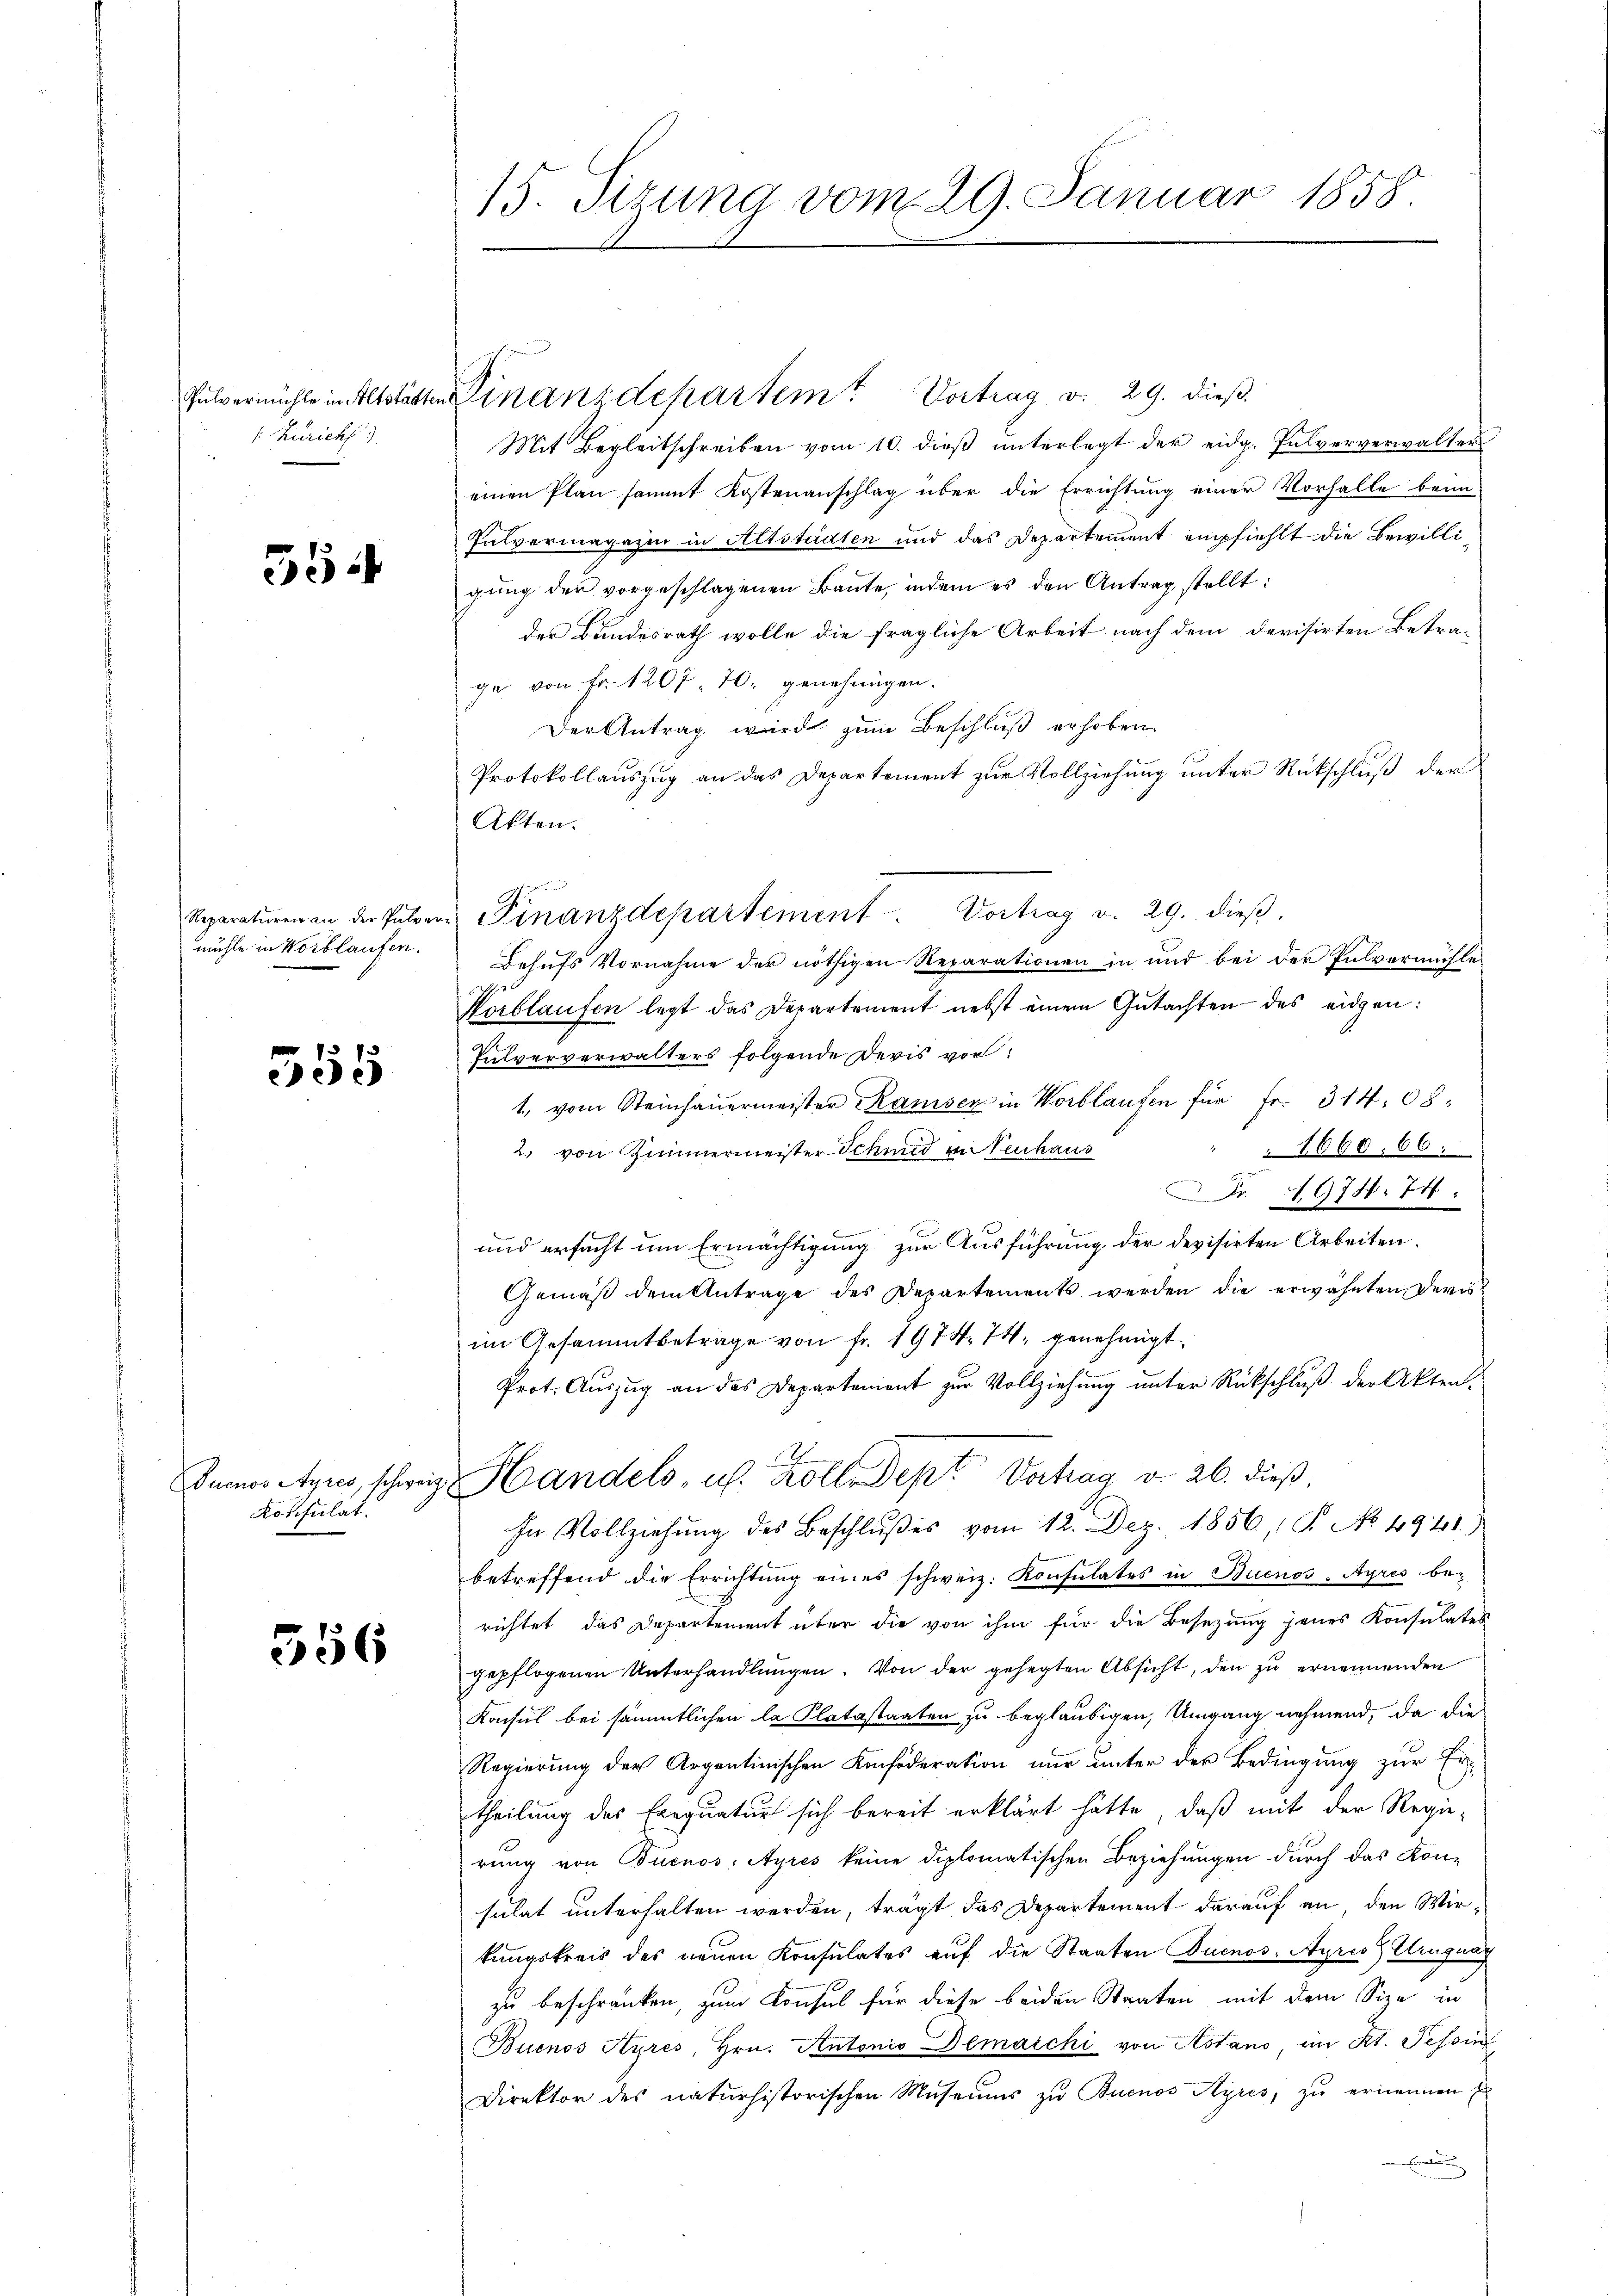
/Küricht

354

mühle in Vorblaufen.

355

Duenos Ayres, schweiz
Konsulat.

556

15. Sizung vom 29. Januar 1858.

Pulvermühle in Altstatten Finanzdepartem Vortrag v. 29. dieß.
Mit Begleitschreiben vom 10. dieß unterlegt der eidg. Pulververwalter
einen Plan sammt Kostenanschlag über die Errichtung einer Vorfalle beim
Pulvermagazin in Altstädten und das Departement empfiehlt die Bewilligung der vorgeschlagenen Baute, indem es den Antrag stellt:
der Bundesrath wolle die fragliche Arbeit nach dem devisirten Betra-
ge von Fr. 1207. 70. genehmigen.
Der Antrag wird zum Beschluß erhoben.
Protokollauszug an das Departement zur Vollziehung unter Rückschluß der
Akten.
Behufs Vornahme der nöthigen Reparationen in und bei der Pulvermühle
che
Norblaufen legt das Departement nebst einem Gutachten des eidgen:
Fulververwalters folgende Devis vor:
1., vom Steinhauermeister Kaiser in Wortlaufen für Fr. 314. 68,
1660. 66:
2. von Zimmermeister Schmid unteuhaus
Fr. 1974. 74.
und ersucht um Ermächtigung zur Ausführung der devisirten Arbeiten.
Gemäβ dem Antrage des Departements werden die erwähnten Devis
im Gesammtbetrage von fr. 1974. 74. genehmigt,
Prot. Auszug an des Departement zur Vollziehung unter Rückschluß der Akten.
h
v Handels u. Koll. Sept Verhag v. 26. dieß,
In Vollziehŭng des Beschlŭβes vom 12. Dez. 1856, P. No. 4941.
betreffend die Errichtung eines schweiz. Konsulates in Buenos-Ayres berichtet, das Departement über die von ihm für die Besetzung jenes Konsulates
gepflogenen Unterhandlŭngen. Von der gehegten Absicht, den zu ernennenden
Konsul bei sämmtlichen la Platastaaten zu beglaubigen, Umgang nehmend, da die
Regierung der Argentinischen Konfoderation nur unter der Bedingung zur Ertheilung des Exequatur sich bereit erklärt hätte, daß mit der Regie-
rŭng von Buenos Ayres keine diplomatischen Beziehŭngen dŭrch das Kon-
sulat unterhalten werden, trägt das Departement darauf an den Wirkungskreis des neuen Konsulates auf die Staaten Buenos-Ayres Urugung
zu beschränken, zum Konsul für diese beiden Staaten mit dem Size in
Buenos Ayres, Hrn. Antonio Demarchi von Astand, im Kt. Tessin
Direktor des naturhistorischen Museums zu Buenos Ayres, zu ernennen E
E

Reparaturen an der Pulver Finanzdepartement. Vortrag v. 29. dieβ.